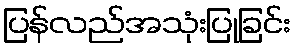
ပြန်လည်အသုံးပြုခြင်း